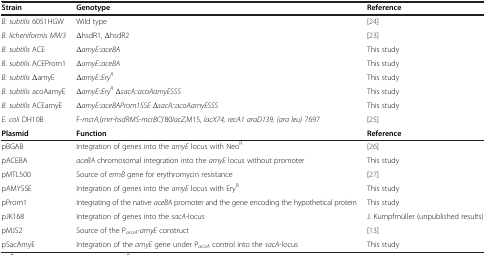
| Strain | Genotype | Reference |
 | --- | --- | --- |
 | B. subtilis 6051HGW | Wild type | [24] |
 | B. licheniformis MW3 | ΔhsdR1, ΔhsdR2 | [23] |
 | B. subtilis ACE | ΔamyE::aceBA | This study |
 | B. subtilis ACEProm1 | ΔamyE::aceBA | This study |
 | B. subtilis ΔamyE | ΔamyE::EryR | This study |
 | B. subtilis acoAamyE | ΔamyE::EryR ΔsacA::acoAamyESSS | This study |
 | B. subtilis ACEamyE | ΔamyE::aceBAProm1SSE ΔsacA::acoAamyESSS | This study |
 | E. coli DH10B | F-mcrA,(mrr-hsdRMS-mcrBC)’80lacZ,M15, lacX74, recA1 araD139, (ara leu) 7697 | [25] |
 | Plasmid | Function | Reference |
 | pBGAB | Integration of genes into the amyE locus with NeoR | [26] |
 | pACEBA | aceBA chromosomal integration into the amyE locus without promoter | This study |
 | pMTL500 | Source of ermB gene for erythromycin resistance | [27] |
 | pAMYSSE | Integration of genes into the amyE locus with EryR | This study |
 | pProm1 | Integrating of the native aceBA promoter and the gene encoding the hypothetical protein | This study |
 | pJK168 | Integration of genes into the sacA-locus | J. Kumpfmüller (unpublished results) |
 | pMJS2 | Source of the PacoA-amyE construct | [13] |
 | pSacAmyE | Integration of the amyE gene under PacoA control into the sacA-locus | This study |